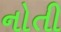
નોતી